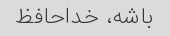
باشه، خداحافظ